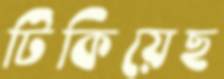
টিকিয়েছ